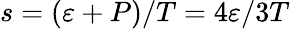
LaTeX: s=(\varepsilon+P)/T=4\varepsilon/3T